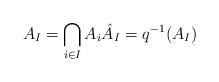
LaTeX: \begin{align*} A_I = \bigcap_{i \in I} A_i \hat{A}_I = q^{-1}(A_I)\end{align*}